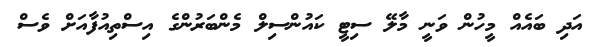
އަދި ބައެއް މީހުން ވަނީ މާލޭ ސިޓީ ކައުންސިލް މެންބަރުންގެ އިސްތިއުފާއަށް ވެސް